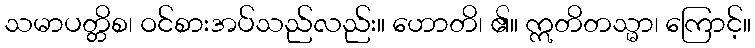
သမာပတ္တိစ၊ ဝင်စားအပ်သည်လည်း။ ဟောတိ၊ ၏။ ဣတိတသ္မာ၊ ကြောင့်။